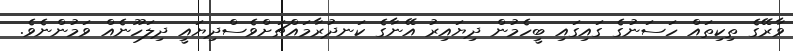
ވާރޭގެ ތިކިތައް ހަސަނުގެ ގައިގައި ބީހެމުން ދިޔައިރު އޭނާގެ ކަނދުރާމައްޗަށްވެސްދިޔައީ ދިލަހޫނެއް ވަމުންނެވެ.